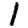
Digit: 1